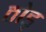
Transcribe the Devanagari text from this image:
ठोड्